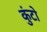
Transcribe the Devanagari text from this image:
कुंटो